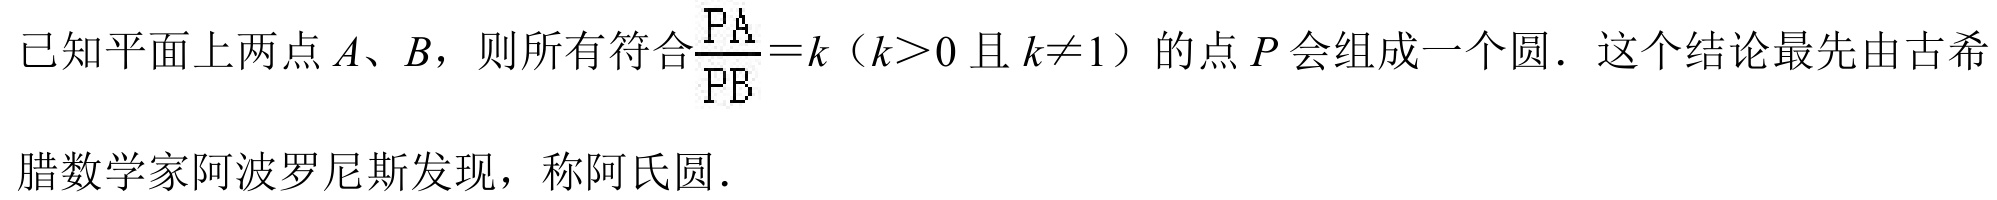
已知平面上两点\(A、B\)，则所有符合\(\frac{PA}{PB}=k\)（\(k > 0\)且\(k\neq1\)）的点\(P\)会组成一个圆．这个结论最先由古希腊数学家阿波罗尼斯发现，称阿氏圆．